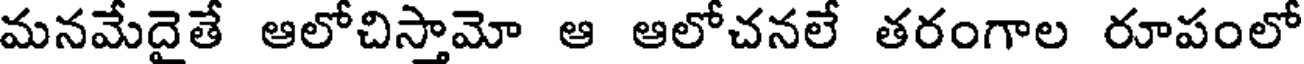
మనమేదైతే ఆలోచిస్తామో ఆ ఆలోచనలే తరంగాల రూపంలో